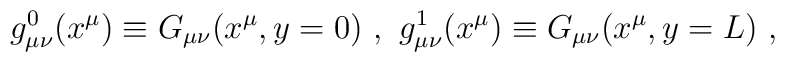
g_{\mu \nu}^{0}(x^{\mu}) \equiv G_{\mu \nu}(x^{\mu}, y=0) ~,~g_{\mu \nu}^{1}(x^{\mu}) \equiv G_{\mu \nu}(x^{\mu}, y=L) ~,~\,